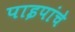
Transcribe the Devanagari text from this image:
पाइपांचे